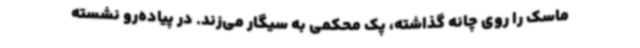
ماسک را روی چانه گذاشته، پک محکمی به سیگار می‌زند. در پیاده‌رو نشسته